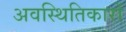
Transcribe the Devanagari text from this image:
अवस्थितिकारों